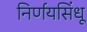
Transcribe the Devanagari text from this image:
निर्णयसिंधू